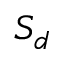
S _ { d }